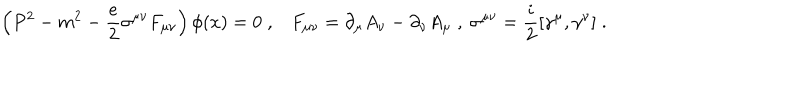
LaTeX: \left( P ^ { 2 } - m ^ { 2 } - \frac { e } { 2 } \sigma ^ { \mu \nu } F _ { \mu \nu } \right) \phi ( x ) = 0 \; , F _ { \mu \nu } = \partial _ { \mu } A _ { \nu } - \partial _ { \nu } A _ { \mu } \; , \; \sigma ^ { \mu \nu } = \frac { i } { 2 } [ \gamma ^ { \mu } , \gamma ^ { \nu } ] \; .